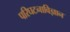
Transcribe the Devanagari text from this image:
परिघटनाविज्ञान